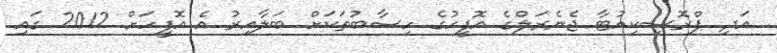
އަދި ޕްރޮސިކިއުޓާ ޖެނެރަލްގެ އޮފީހުގެ ހިސާބުތަކަށް ބަލާއިރުު އެ އޮފީހަށް 2012 ގައި